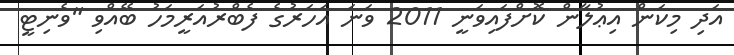
އަދި މިކަން އިޢުލާން ކޮށްފައިވަނީ 2011 ވަނަ އަހަރުގެ ފެބްރުއަރީމަހު ބޭއްވި "ވެނިޓީ